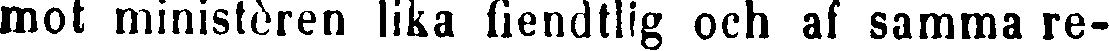
mot ministèren lika fiendtlig och af samma re-